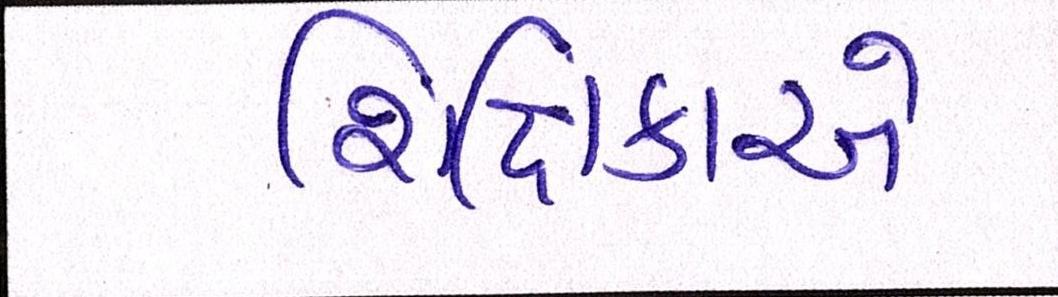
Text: શિક્ષિકાએ